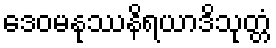
ဒေဝမနုဿနိရယာဒိသုတ္တံ